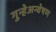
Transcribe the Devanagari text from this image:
गुन्हेअन्वेषण